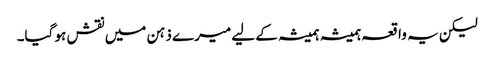
لیکن یہ واقعہ ہمیشہ ہمیشہ کے لیے میرے ذہن میں نقش ہو گیا۔